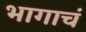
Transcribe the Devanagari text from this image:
भागाचं